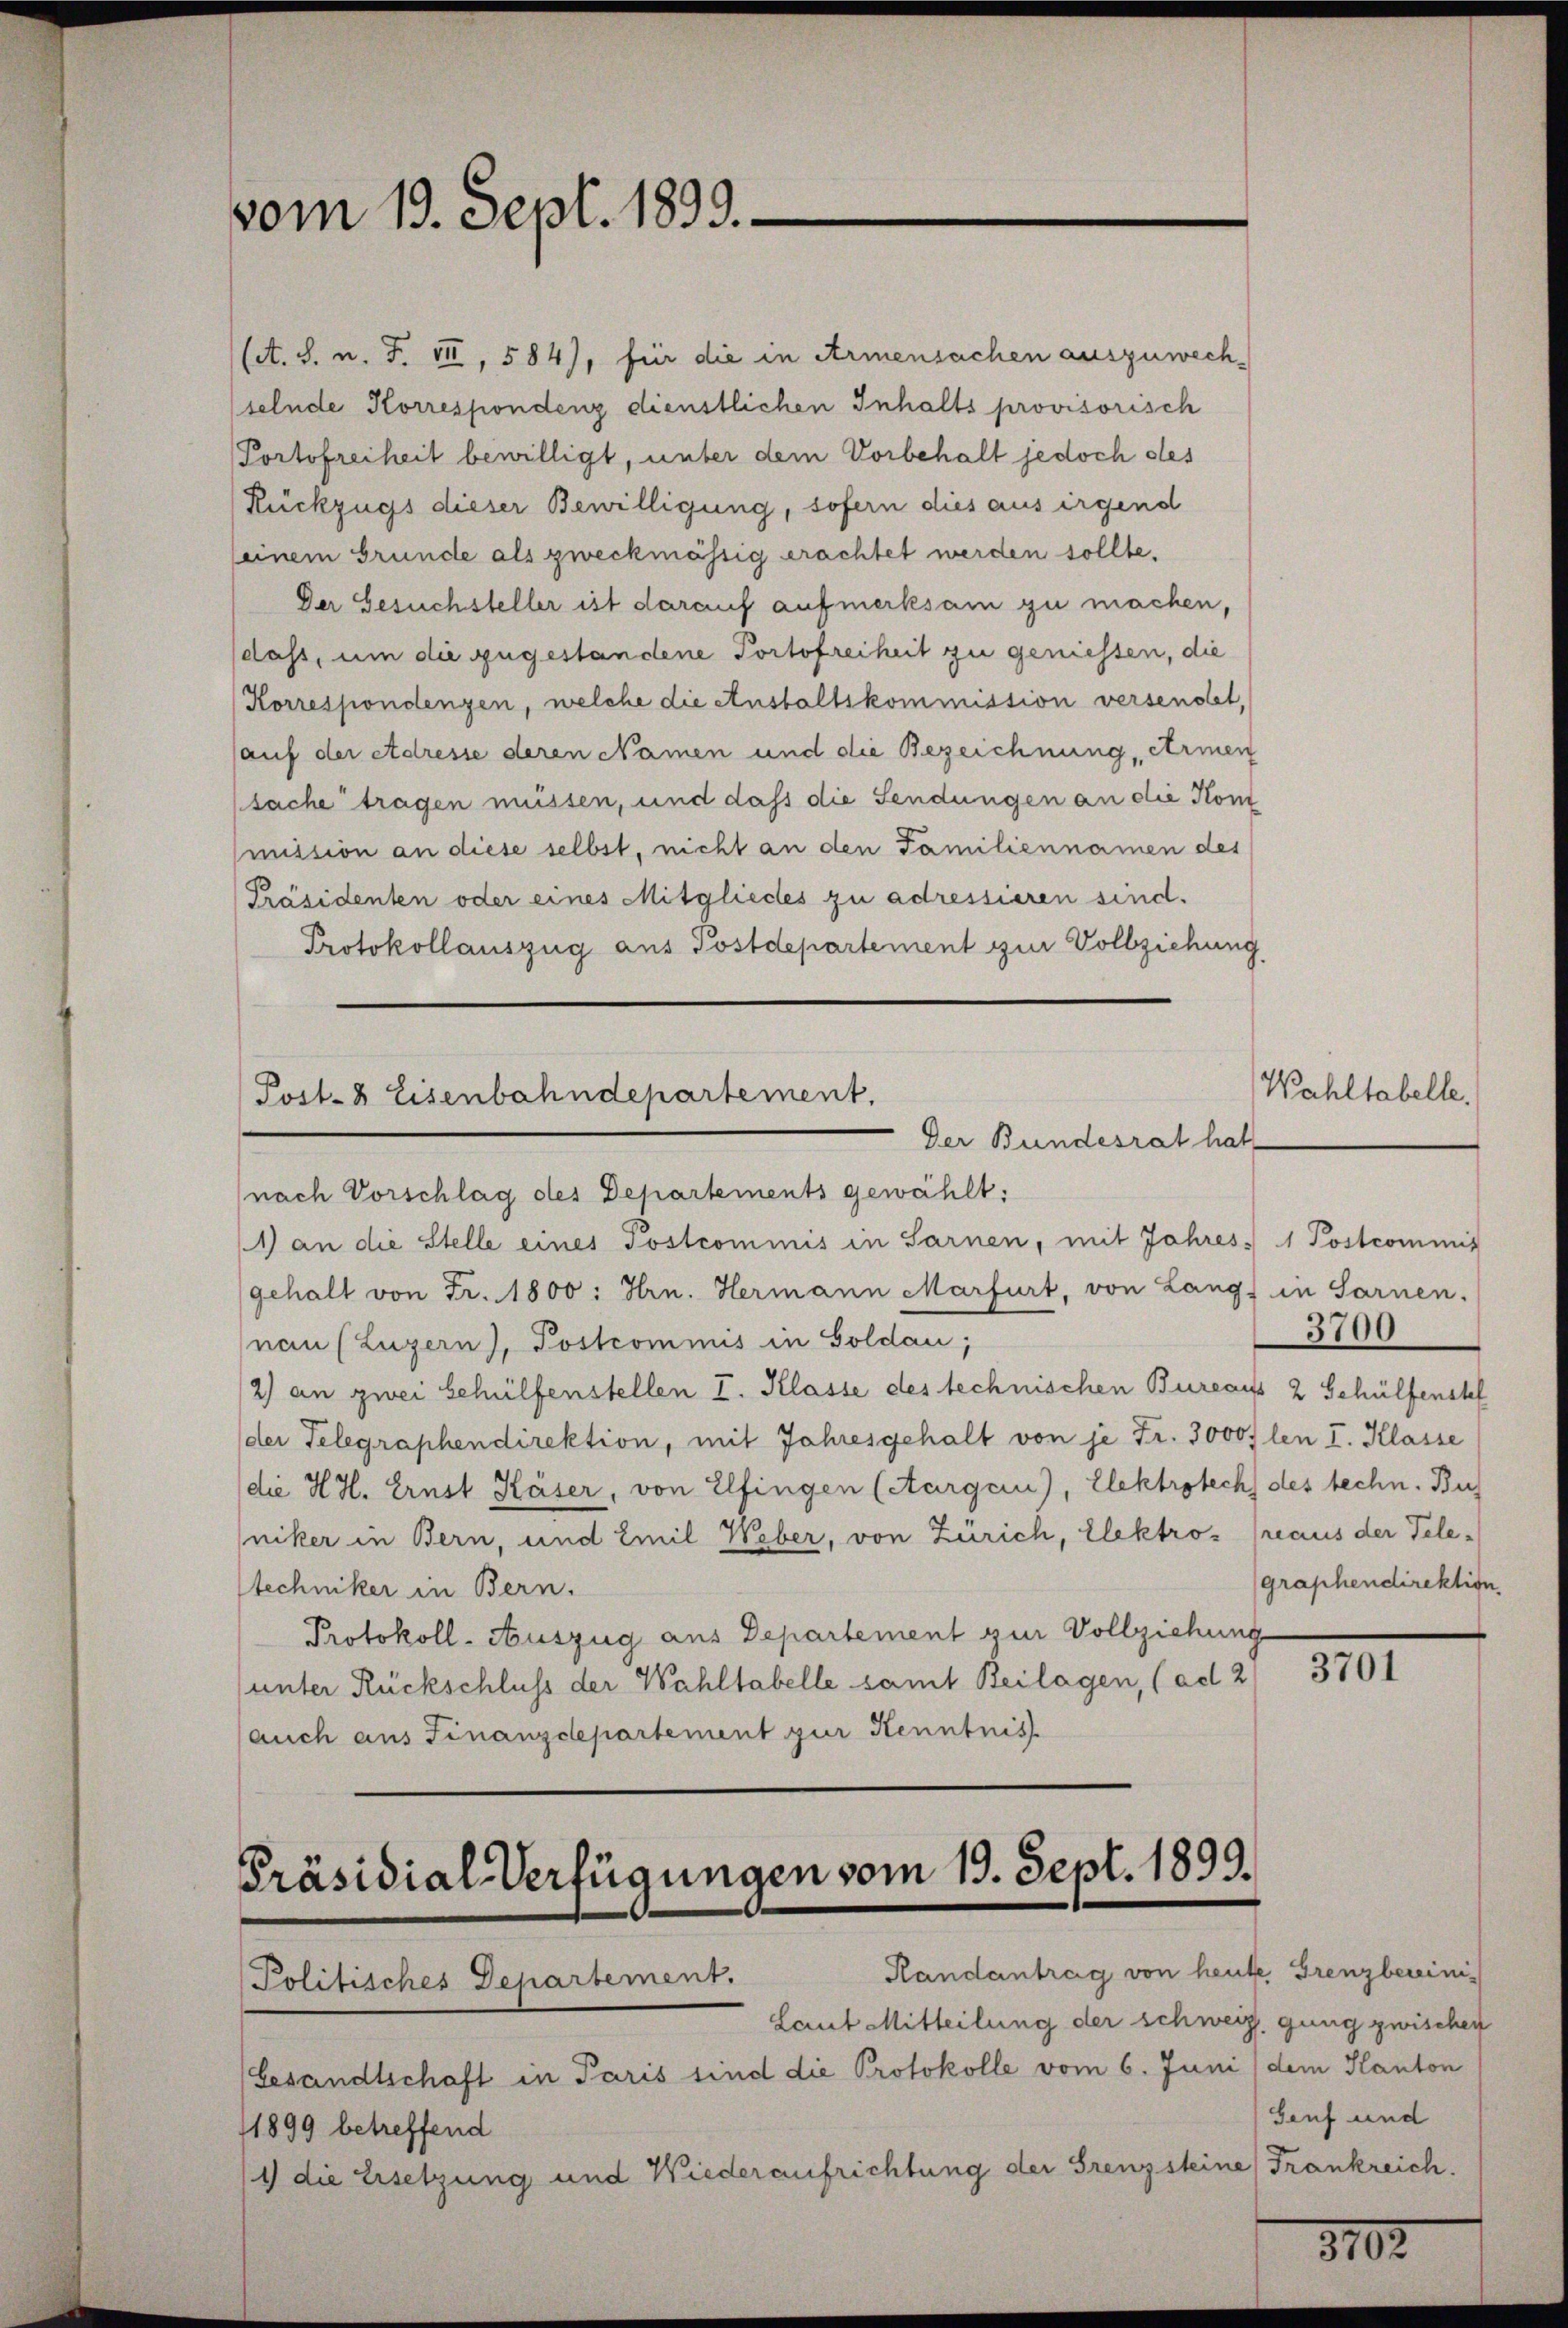
vom 19. Sept. 1899.

(et. S. n. F. VII, 584), für die in Armensachen auszuwechselnde Korrespondenz dienstlichen Inhalts provisorisch
Portofreiheit bewilligt, unter dem Vorbehalt jedoch des
Rückzugs dieser Bewilligung, sofern dies aus irgend
seinem Grunde als zweckmässig erachtet werden sollte.
Der Gesuchsteller ist darauf aufmerksam zu machen,
dass, um die zugestandene Portofreiheit zu geniessen, die
Korrespondenzen, welche die Anstaltskommission versendet,
(auf der Adresse deren Namen und die Bezeichnung, Armen
sache tragen müssen, und dass die Sendungen an die Kom
mission an diese selbst, nicht an den Familiennamen des
[Präsidenten oder eines Mitgliedes zu adressieren sind.
Protokollauszug aus Postdepartement zur Vollziehung

Post- & Eisenbahndepartement.
Der Bundesrat hat
nach Vorschlag des Departements gewählt:

1) an die Stelle eines Postcommis in Sarnen, mit Jahres 1 Postcommis
gehalt von Fr. 1800: Hrn. Hermann Marfurt, von Langs in Sarnen.
nau (Luzern), Postcommis in Goldau,
2) an zwei behülfenstellen I. Klasse des technischen Bureaus 2 Gehülfenstf
der Telegraphendirektion, mit Jahresgehalt von je Fr. 3000flen I. Klasse
die H.H. Ernst Käser, von Elfingen (Aargau), Elektrobech des techn. Bu
niker in Bern, und Emil Weber, von Zürich, Elektroz (reaus der Tele-
Stechniker in Bern.
Protokoll-Auszug aus Departement zur Vollziehung
unter Rückschluss der Wahltabelle samt Beilagen, (ad 2
auch aus Finanzdepartement zur Kenntnis

Präsidial-Verfügungen vom 19. Sept. 1899.
Randantrag von heute Grenzbereini¬

Politisches Departement.
Laut Mitteilung der schweiz. gung zwischen
(Gesandtschaft in Paris sind die Protokolle vom 6. Juni / dem Kanton
11899 betreffend
1) die Ersetzung und Wiederaufrichtung der Grenzsteine Frankreich.

Wahltabelle.

3700
graphendirektion

3701

Genf und

3102